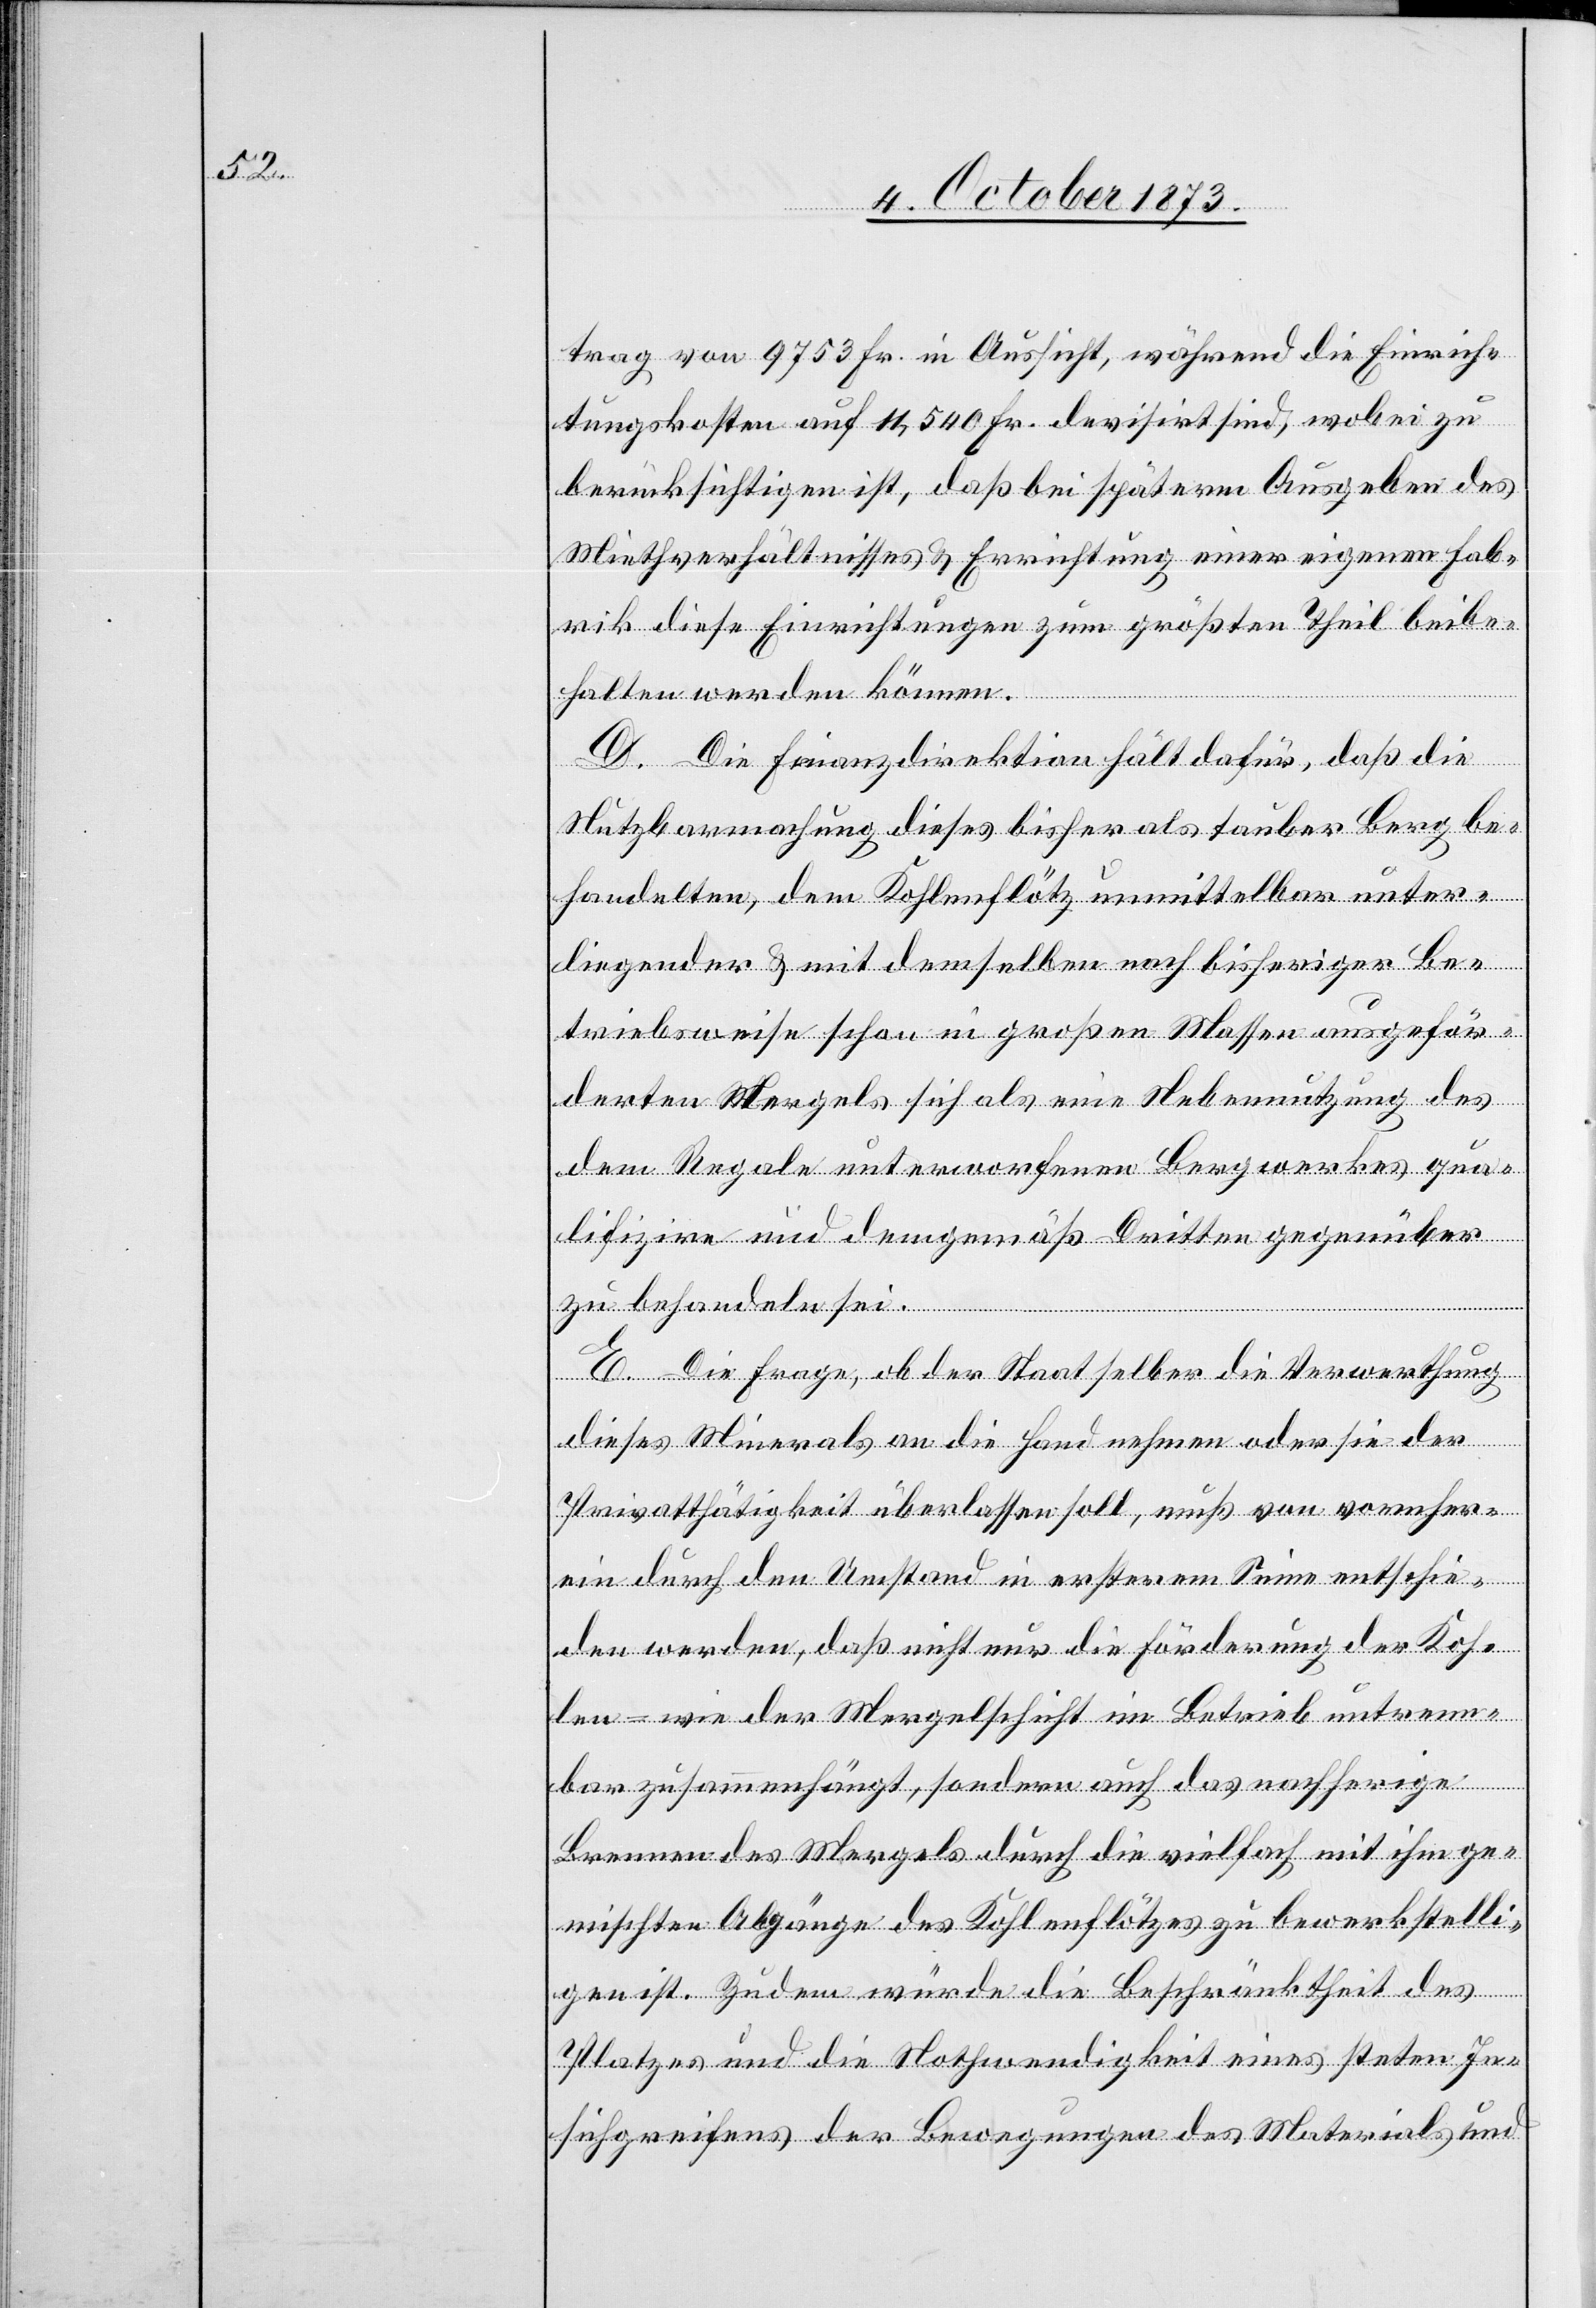
trag von 9 753 Fr. in Aussicht, während die Einrich¬
tungskosten auf 11,540 Fr. devisirt sind, wobei zu
berücksichtigen ist, daß bei späterm Ausgeben des
Miethverhältnisses & Errichtung einer eigenen Fab¬
rik diese Einrichtungen zum größten Theil beibe¬
halten werden können.
D. Die Finanzdirektion hält dafür, daß die
Nutzbarmachung dieses bisher als tauber Berg be¬
handelten, dem Kohlenflötz unmittelbar unter¬
liegender [sic!] & mit demselben nach bisheriger Be¬
triebsweise schon in großen Massen ausgeför¬
derten Mergels sich als eine Nebennutzung des
dem Regale unterworfenen Bergwerkes qua¬
lifizire und demgemäß Dritten gegenüber
zu behandeln sei.
E. Die Frage, ob der Staat selber die Verwerthung
dieses Minerals an die Hand nehmen oder sie der
Privatthätigkeit überlassen soll, muß von vornher¬
ein durch den Umstand in ersterem Sinne entschie¬
den werden, daß nicht nur die Förderung der Koh¬
len- wie der Mergelschicht im Betrieb untrenn¬
bar zusammenhängt, sondern auch das nachherige
Brennen des Mergels durch die vielfach mit ihm ge¬
mischten Abgänge des Kohlenflötzes zu bewerkstelli¬
gen ist. Zudem würde die Beschränktheit des
Platzes und die Nothwendigkeit eines steten In¬
sichgreifens der Bewegungen des Materials und